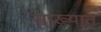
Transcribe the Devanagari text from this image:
सुप्रख्यात